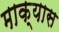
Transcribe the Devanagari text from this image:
माक्यास